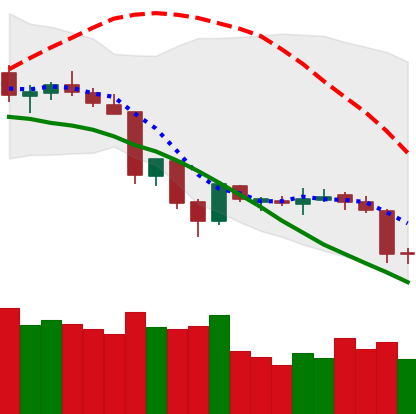
Ticker: XLM-USD
Chart end date: 2018-06-23
Forward return: -12.07%
Label: down_7plus